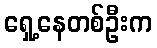
ရှေ့နေတစ်ဦးက